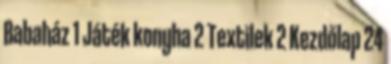
Babaház 1 Játék konyha 2 Textilek 2 Kezdőlap 24